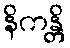
နိကန္တိ